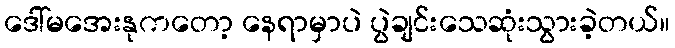
ဒေါ်မအေးနုကတော့ နေရာမှာပဲ ပွဲချင်းသေဆုံးသွားခဲ့တယ်။